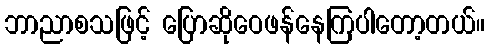
ဘာညာစသဖြင့် ပြောဆိုဝေဖန်နေကြပါတော့တယ်။